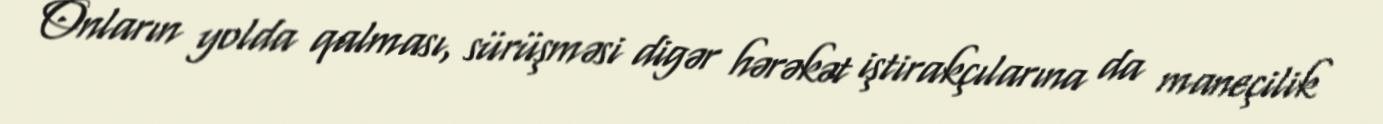
Onların yolda qalması, sürüşməsi digər hərəkət iştirakçılarına da maneçilik